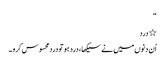
“
٭ درد
اُن دنوں میں نے سیکھا ، درد ہو تو دردمحسوس کرو ۔